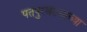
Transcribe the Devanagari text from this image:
पतपुरवठयाच्या